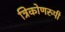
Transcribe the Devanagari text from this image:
त्रिकोणरुपी